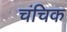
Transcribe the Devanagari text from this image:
चंचिक